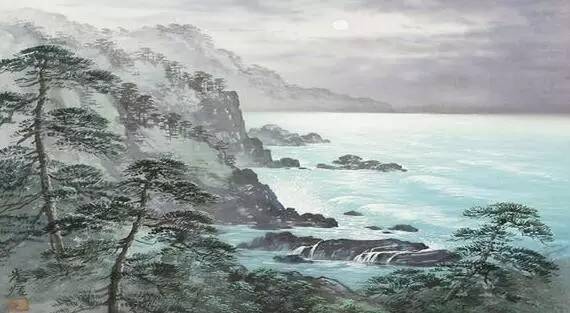
迢迢牵牛星，皎皎河汉女。